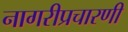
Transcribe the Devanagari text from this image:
नागरीप्रचारणी